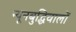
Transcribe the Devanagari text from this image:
न्यूनबुद्धिवालों